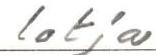
lotja